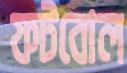
ফটবোল